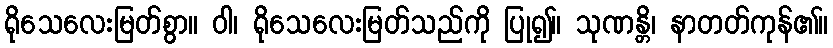
ရိုသေလေးမြတ်စွာ။ ဝါ၊ ရိုသေလေးမြတ်သည်ကို ပြု၍။ သုဏန္တိ၊ နာတတ်ကုန်၏။